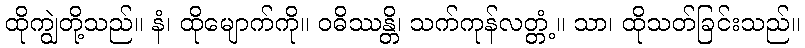
ထိုကျွဲတို့သည်။ နံ၊ ထိုမျောက်ကို။ ဝဓိဿန္တိ၊ သက်ကုန်လတ္တံ့။ သာ၊ ထိုသတ်ခြင်းသည်။